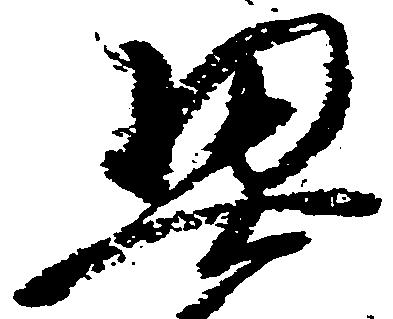
契